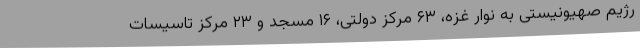
رژیم صهیونیستی به نوار غزه، ۶۳ مرکز دولتی، ۱۶ مسجد و ۲۳ مرکز تاسیسات